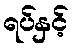
ရပ်နှင့်